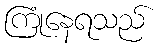
ကြုံနေရသည်